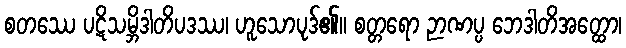
စတဿေ ပဋိသမ္ဘိဒါတိပဒဿ၊ ဟူသောပုဒ်၏။ စတ္တရော ဉာဏပ္ပ ဘေဒါတိအတ္ထော၊